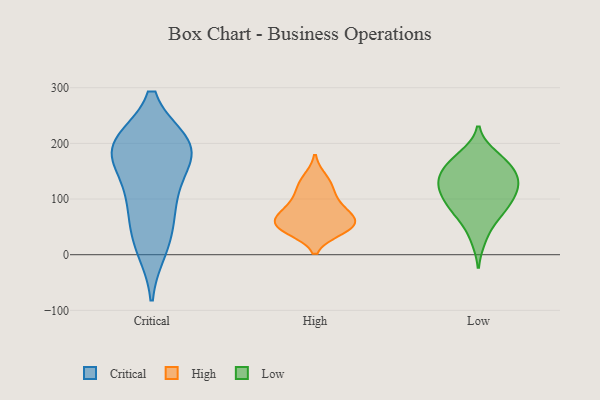
{"axis": {"x": "Churn Rate (%)", "y": "Value"}, "legend": ["Critical", "High", "Low"], "data": [{"x": "", "y": 12, "type": "Critical"}, {"x": "", "y": 115, "type": "Critical"}, {"x": "", "y": 198, "type": "Critical"}, {"x": "", "y": 107, "type": "Critical"}, {"x": "", "y": 191, "type": "Critical"}, {"x": "", "y": 174, "type": "Critical"}, {"x": "", "y": 198, "type": "Critical"}, {"x": "", "y": 189, "type": "Critical"}, {"x": "", "y": 29, "type": "Critical"}, {"x": "", "y": 199, "type": "Critical"}, {"x": "", "y": 69, "type": "Critical"}, {"x": "", "y": 44, "type": "High"}, {"x": "", "y": 52, "type": "High"}, {"x": "", "y": 44, "type": "High"}, {"x": "", "y": 104, "type": "High"}, {"x": "", "y": 64, "type": "High"}, {"x": "", "y": 63, "type": "High"}, {"x": "", "y": 55, "type": "High"}, {"x": "", "y": 124, "type": "High"}, {"x": "", "y": 137, "type": "High"}, {"x": "", "y": 77, "type": "High"}, {"x": "", "y": 89, "type": "High"}, {"x": "", "y": 122, "type": "Low"}, {"x": "", "y": 95, "type": "Low"}, {"x": "", "y": 118, "type": "Low"}, {"x": "", "y": 140, "type": "Low"}, {"x": "", "y": 160, "type": "Low"}, {"x": "", "y": 81, "type": "Low"}, {"x": "", "y": 174, "type": "Low"}, {"x": "", "y": 79, "type": "Low"}, {"x": "", "y": 121, "type": "Low"}, {"x": "", "y": 28, "type": "Low"}, {"x": "", "y": 131, "type": "Low"}, {"x": "", "y": 142, "type": "Low"}, {"x": "", "y": 98, "type": "Low"}, {"x": "", "y": 62, "type": "Low"}, {"x": "", "y": 160, "type": "Low"}, {"x": "", "y": 179, "type": "Low"}]}